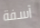
آسفة